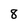
Character: 8